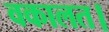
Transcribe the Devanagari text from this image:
वकालत।